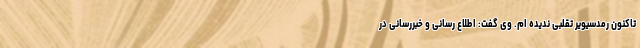
تاکنون رمدسیویر تقلبی ندیده ام. وی گفت: اطلاع رسانی و خبررسانی در